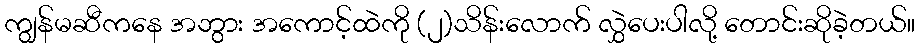
ကျွန်မဆီကနေ အဘွား အကောင့်ထဲကို (၂)သိန်းလောက် လွှဲပေးပါလို့ တောင်းဆိုခဲ့တယ်။